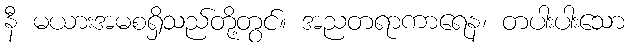
နီ မယားအမစရှိသည်တို့တွင်။ အညတရာကာရေန၊ တပါးပါးသော